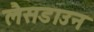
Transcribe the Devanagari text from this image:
लैसडाउन